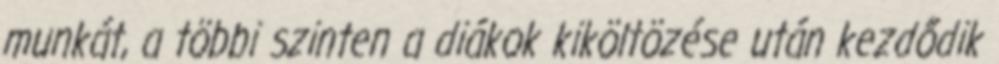
munkát, a többi szinten a diákok kiköltözése után kezdődik